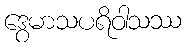
ဒွေမာသပရိဝါသဿ